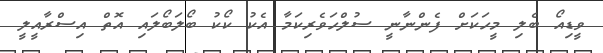
ވީޑިއޯ ބެލި މީހަކަށް ފެންނާނީ ސުލްހަވެރިކަމާ އެކު ކޯކު ބޯލަބޯލައި އޮތް އިސްރާއީލީ